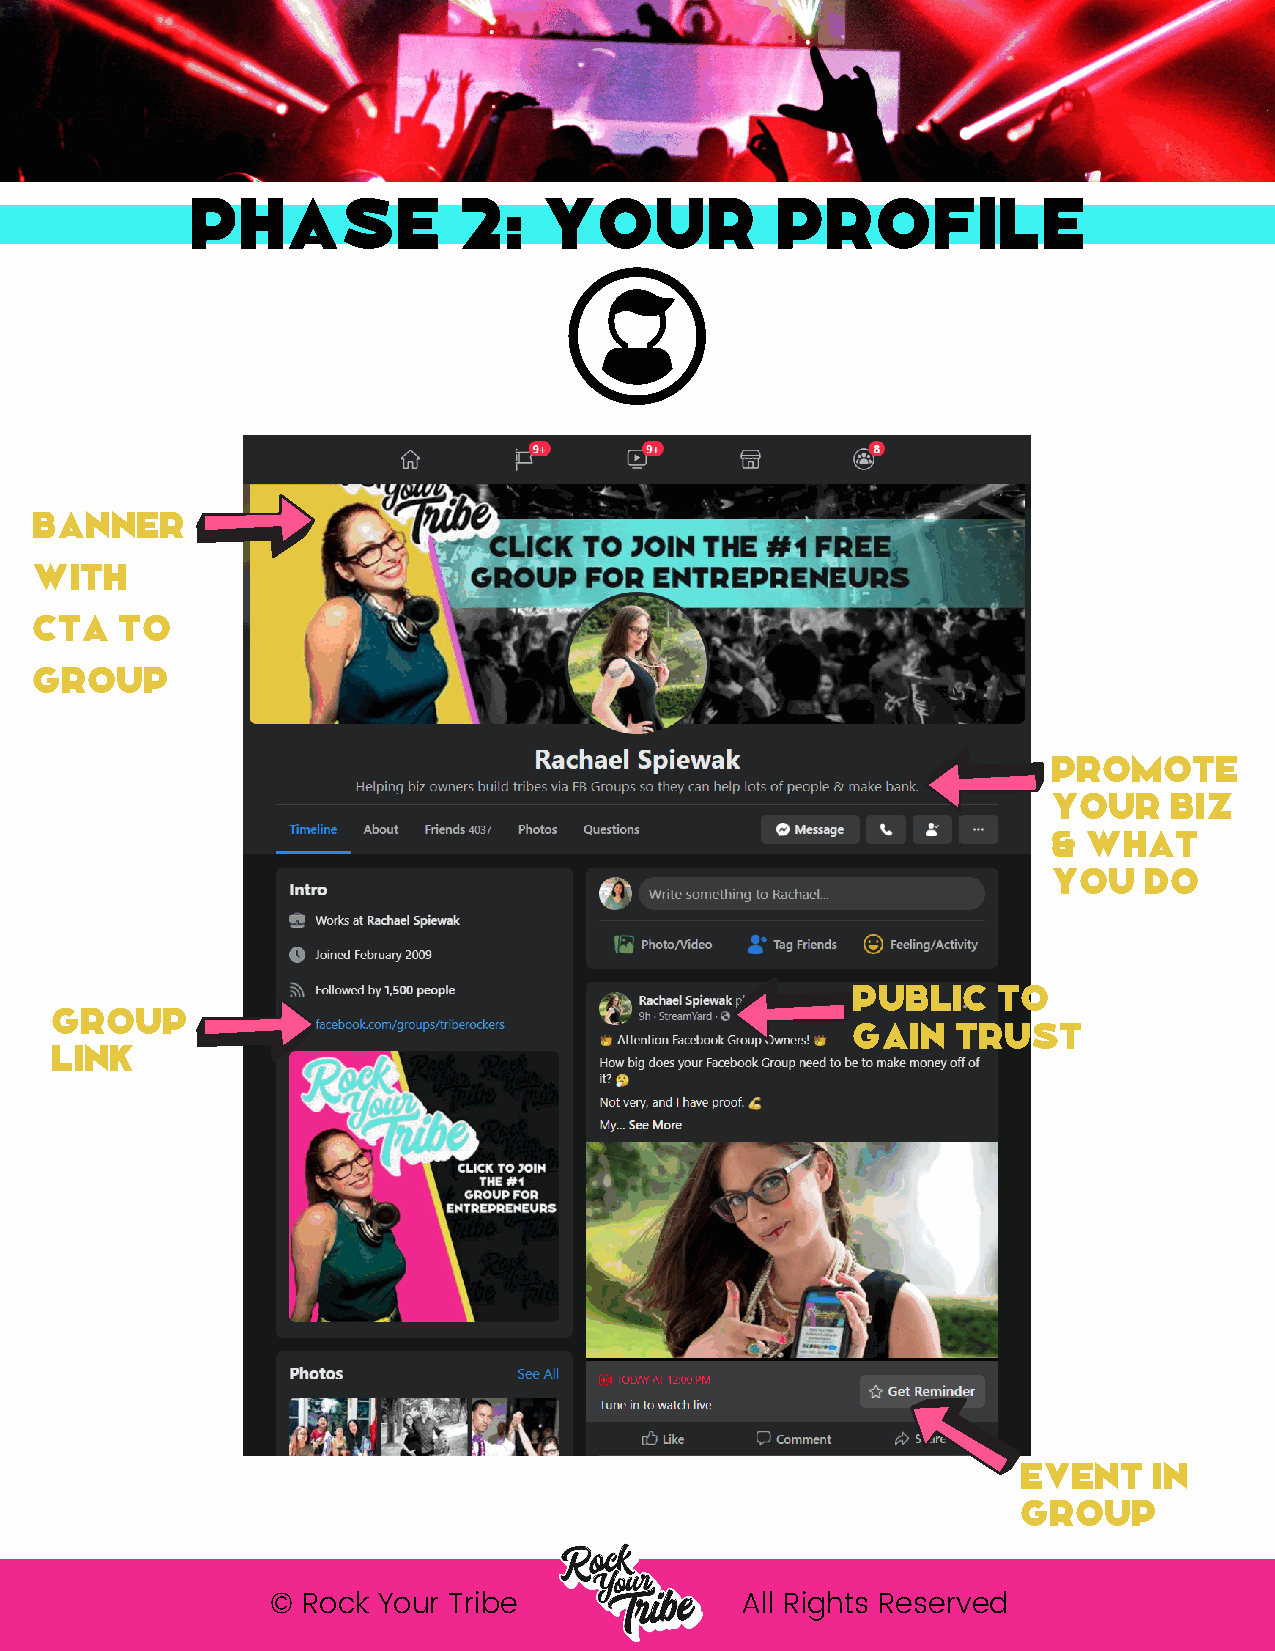
Phase            2:    your           profile
 banner
 with
 CTA   to
 Group
 promote
 your    biz
 & what
 you   do
 public    to
 group
 gain   trust
 link
 event   in
 group
 © Rock Your Tribe              All Rights Reserved